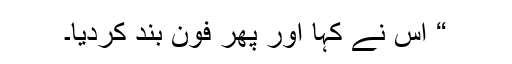
“ اس نے کہا اور پھر فون بند کردیا۔